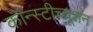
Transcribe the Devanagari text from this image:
कॉन्स्टीच्यूशन